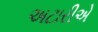
અટારીએ